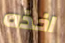
اخذه